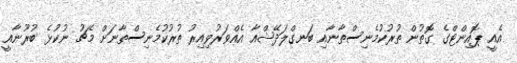
އެއީ ޕޮއިންޓްގެ ގޮތުން ތުރުކުމެނިސްތާނާއި ބަނގްލަދޭޝްއާ އެއްވަރުވިއިރު ތުރުކުމެނިސްތާނަށް މެޗު ނުކުޅެ ބުރޫނާއީ